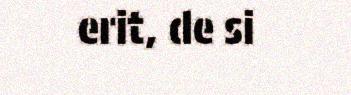
erit, de si